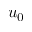
u _ { 0 }